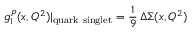
g _ { 1 } ^ { p } ( x , Q ^ { 2 } ) | _ { \mathrm { q u a r k ~ s i n g l e t } } = { \frac { 1 } { 9 } } \, \Delta \Sigma ( x , Q ^ { 2 } )